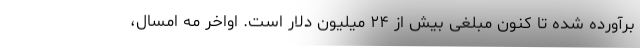
برآورده شده تا کنون مبلغی بیش از ۲۴ میلیون دلار است. اواخر مه امسال،